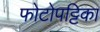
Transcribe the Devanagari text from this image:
फोटोपट्टिका